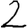
Digit: 2